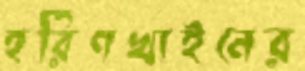
হরিণখাইনের